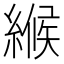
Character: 𦃺